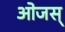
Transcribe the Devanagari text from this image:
ओजस्‌